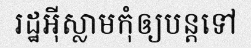
រដ្ឋអ៊ីស្លាមកុំឲ្យបន្តទៅ